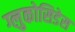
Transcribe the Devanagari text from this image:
ग्लुकोसिडेस